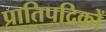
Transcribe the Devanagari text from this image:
प्रातिपदिकों